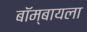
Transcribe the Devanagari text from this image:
बॉम्बायला